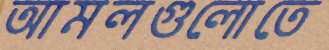
আমলগুলোতে